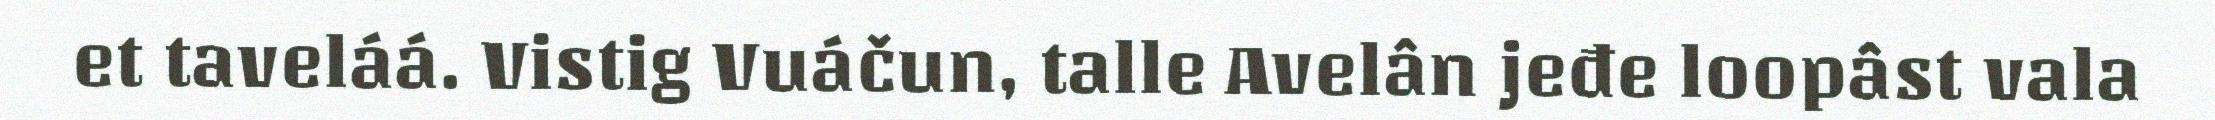
et taveláá. Vistig Vuáčun, talle Avelân jeđe loopâst vala